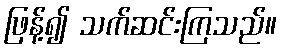
ဖြန့်၍ သက်ဆင်းကြသည်။